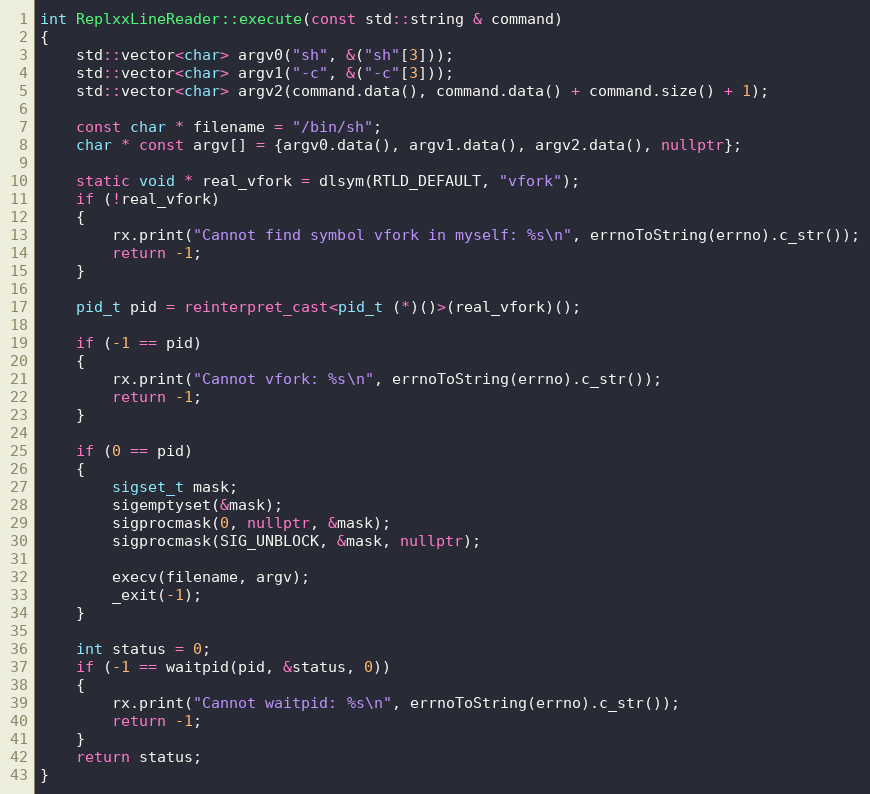
Language: C++
int ReplxxLineReader::execute(const std::string & command)
{
    std::vector<char> argv0("sh", &("sh"[3]));
    std::vector<char> argv1("-c", &("-c"[3]));
    std::vector<char> argv2(command.data(), command.data() + command.size() + 1);

    const char * filename = "/bin/sh";
    char * const argv[] = {argv0.data(), argv1.data(), argv2.data(), nullptr};

    static void * real_vfork = dlsym(RTLD_DEFAULT, "vfork");
    if (!real_vfork)
    {
        rx.print("Cannot find symbol vfork in myself: %s\n", errnoToString(errno).c_str());
        return -1;
    }

    pid_t pid = reinterpret_cast<pid_t (*)()>(real_vfork)();

    if (-1 == pid)
    {
        rx.print("Cannot vfork: %s\n", errnoToString(errno).c_str());
        return -1;
    }

    if (0 == pid)
    {
        sigset_t mask;
        sigemptyset(&mask);
        sigprocmask(0, nullptr, &mask);
        sigprocmask(SIG_UNBLOCK, &mask, nullptr);

        execv(filename, argv);
        _exit(-1);
    }

    int status = 0;
    if (-1 == waitpid(pid, &status, 0))
    {
        rx.print("Cannot waitpid: %s\n", errnoToString(errno).c_str());
        return -1;
    }
    return status;
}